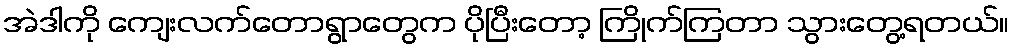
အဲဒါကို ကျေးလက်တောရွာတွေက ပိုပြီးတော့ ကြိုက်ကြတာ သွားတွေ့ရတယ်။